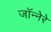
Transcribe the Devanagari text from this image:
जॉन्नेरे